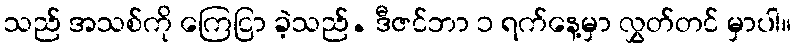
သည် အသစ်ကို ကြေငြာ ခဲ့သည်. ဒီဇင်ဘာ ၁ ရက်နေ့မှာ လွှတ်တင် မှာပါ။